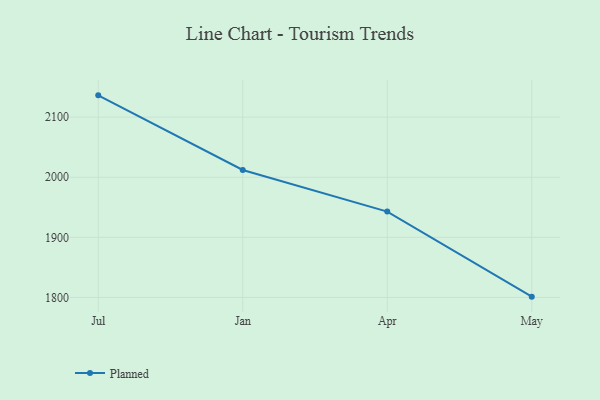
{"axis": {"x": "Month", "y": "Tickets Resolved"}, "legend": ["Planned"], "data": [{"x": "Jul", "y": 2136.3, "type": "Planned"}, {"x": "Jan", "y": 2012.1, "type": "Planned"}, {"x": "Apr", "y": 1942.9, "type": "Planned"}, {"x": "May", "y": 1801.3, "type": "Planned"}]}